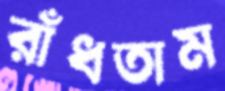
রাঁধতাম